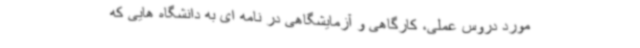
مورد دروس عملی‌، کارگاهی و آزمایشگاهی در نامه ای به دانشگاه هایی که